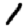
Digit: 1